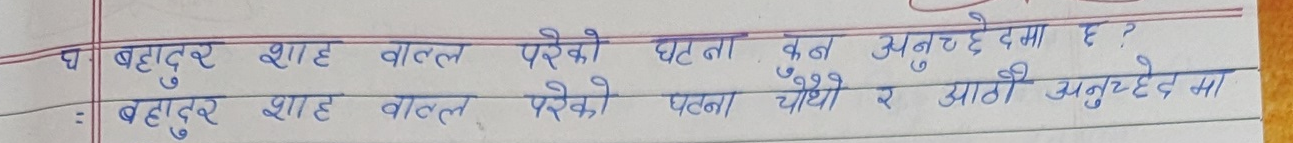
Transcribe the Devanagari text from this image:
बहादुर शाह वाल्ल परेको घटना कुन अनुच्छेदमा छ ?
बहादुर शाह वाल्ल परेको पटना चौंथो र आगी अनुच्छेद मा